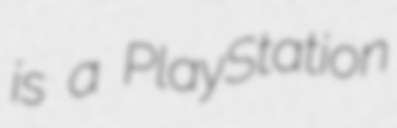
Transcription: is a PlayStation